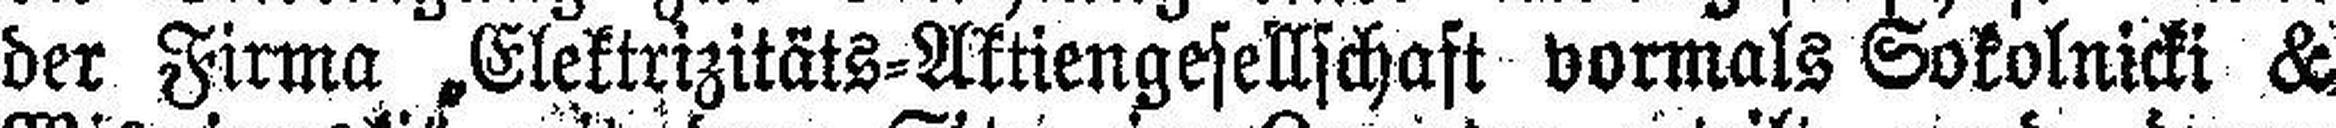
der Firma „Elektrizitäts=Aktiengesellschaft vormals Sokolnicki &